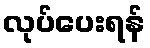
လုပ်ပေးရန်